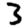
Digit: 3